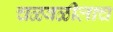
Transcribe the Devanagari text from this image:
चळवळीलाच